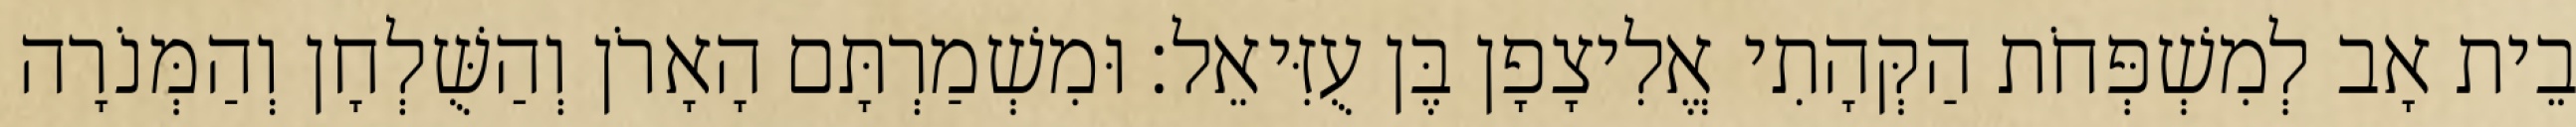
בֵית אָב לְמִשְׁפְּחֹת הַקְּהָתִי אֱלִיצָפָן בֶּן עֻזִּיאֵל׃ וּמִשְׁמַרְתָּם הָאָרֹן וְהַשֻּׁלְחָן וְהַמְּנֹרָה